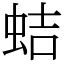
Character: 蛣